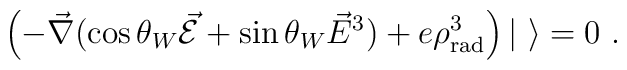
\left( - \vec{\nabla} ( \cos \theta_W \vec{\cal E} + \sin \theta_W\vec{E}^3) + e \rho^3_{\rm rad} \right) | \ \rangle = 0 \ .